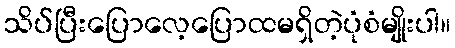
သိပ်ပြီးပြောလေ့ပြောထမရှိတဲ့ပုံစံမျိုးပါ။